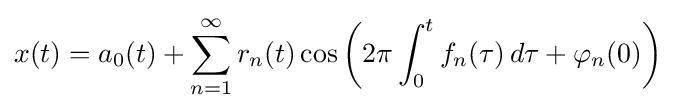
x(t)=a_{0}(t)+\sum _{n=1}^{\infty }r_{n}(t)\cos \left(2\pi \int _{0}^{t}f_{n}(\tau )\,d\tau +\varphi _{n}(0)\right)